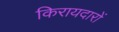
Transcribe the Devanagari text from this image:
किरायदारों